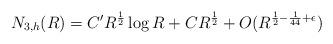
LaTeX: \begin{align*} N_{3,h}(R) = C' R^{\frac{1}{2}} \log R + C R^{\frac{1}{2}} + O(R^{\frac{1}{2} - \frac{1}{44} + \epsilon})\end{align*}